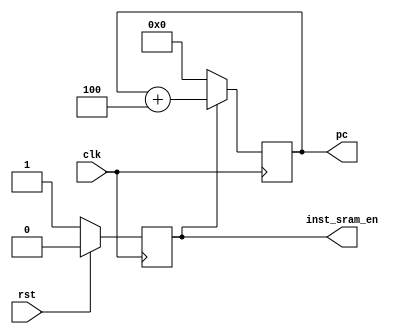
module inst_fetch(
    input wire rst,
    input wire clk,
    output reg [31:0] pc,
    output reg inst_sram_en
);
    always @ (posedge clk) begin
        if(rst == 1'b1) begin
            inst_sram_en <= 1'b0;
        end else begin
           inst_sram_en <= 1'b1; 
        end
    end

    always @ (posedge clk) begin
        if(inst_sram_en == 1'b0) begin
            pc <= 32'h00000000;
        end else begin
            pc <= pc + 4'h4;
        end
    end

endmodule